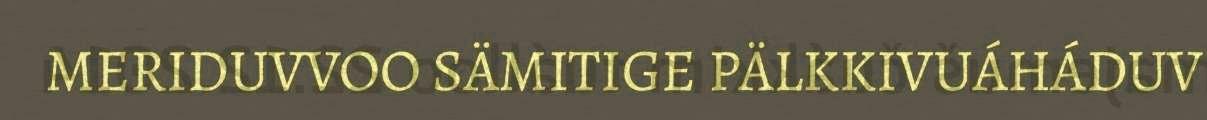
MERIDUVVOO SÄMITIGE PÄLKKIVUÁHÁDUV